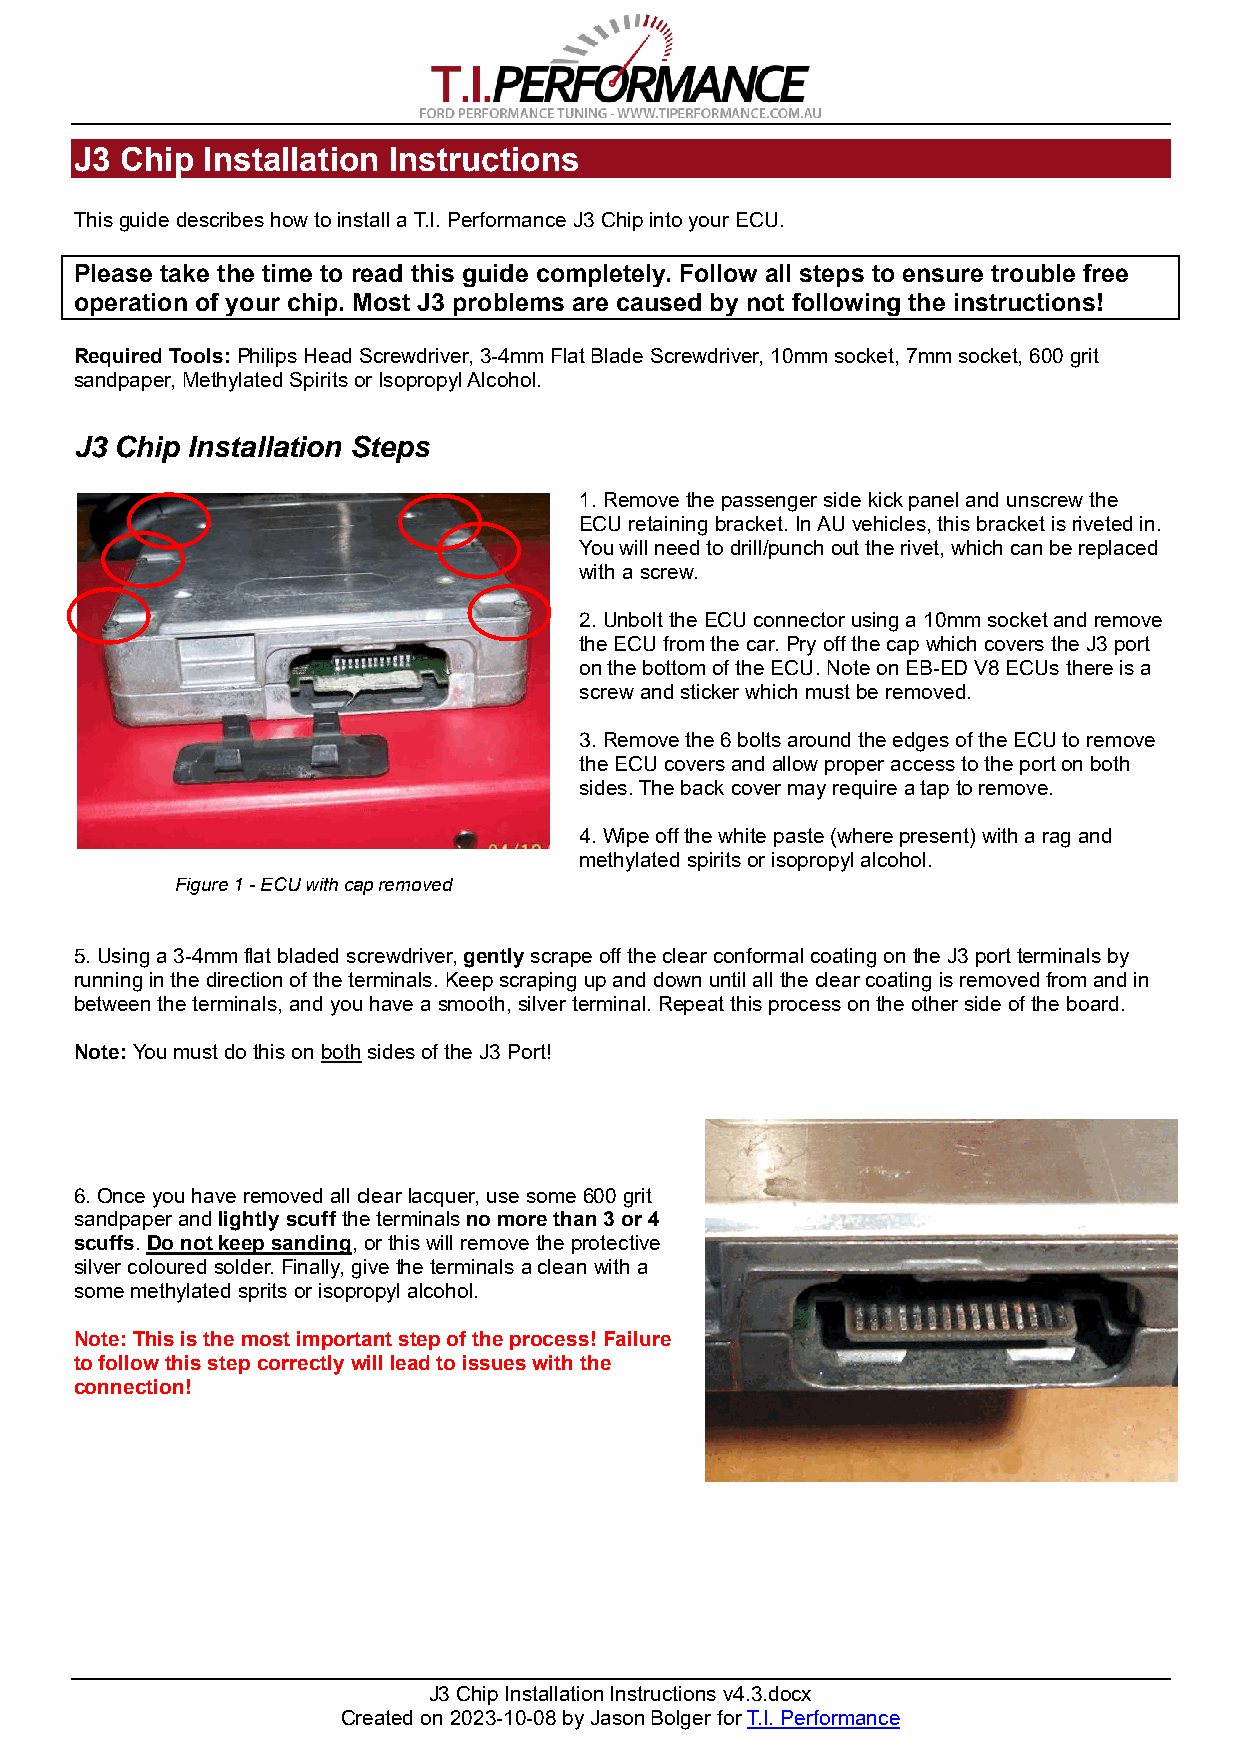
J3 Chip Installation Instructions
 This guide describes how to install a T.I. Performance J3 Chip into your ECU.
 Please take the time to read this guide completely. Follow all steps to ensure trouble free
 operation of your chip. Most J3 problems are caused by not following the instructions!
 Required Tools: Philips Head Screwdriver, 3-4mm Flat Blade Screwdriver, 10mm socket, 7mm socket, 600 grit
 sandpaper, Methylated Spirits or Isopropyl Alcohol.
 J3 Chip Installation Steps
 1. Remove the passenger side kick panel and unscrew the
 ECU retaining bracket. In AU vehicles, this bracket is riveted in.
 You will need to drill/punch out the rivet, which can be replaced
 with a screw.
 2. Unbolt the ECU connector using a 10mm socket and remove
 the ECU from the car. Pry off the cap which covers the J3 port
 on the bottom of the ECU. Note on EB-ED V8 ECUs there is a
 screw and sticker which must be removed.
 3. Remove the 6 bolts around the edges of the ECU to remove
 the ECU covers and allow proper access to the port on both
 sides. The back cover may require a tap to remove.
 4. Wipe off the white paste (where present) with a rag and
 methylated spirits or isopropyl alcohol.
 Figure 1 - ECU with cap removed
 5. Using a 3-4mm flat bladed screwdriver, gently scrape off the clear conformal coating on the J3 port terminals by
 running in the direction of the terminals. Keep scraping up and down until all the clear coating is removed from and in
 between the terminals, and you have a smooth, silver terminal. Repeat this process on the other side of the board.
 Note: You must do this on both sides of the J3 Port!
 6. Once you have removed all clear lacquer, use some 600 grit
 sandpaper and lightly scuff the terminals no more than 3 or 4
 scuffs. Do not keep sanding, or this will remove the protective
 silver coloured solder. Finally, give the terminals a clean with a
 some methylated sprits or isopropyl alcohol.
 Note: This is the most important step of the process! Failure
 to follow this step correctly will lead to issues with the
 connection!
 J3 Chip Installation Instructions v4.3.docx
 Created on 2023-10-08 by Jason Bolger for T.I. Performance